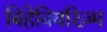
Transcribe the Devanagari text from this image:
बिहेवियरिज़्म